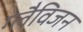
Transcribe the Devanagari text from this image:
ग्लैविजन